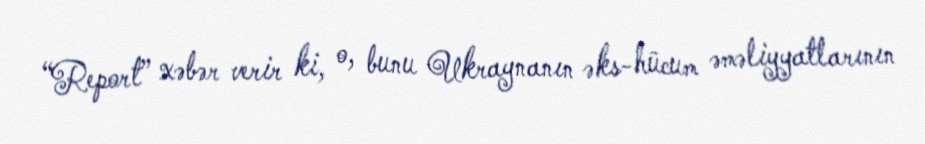
“Report” xəbər verir ki, o, bunu Ukraynanın əks-hücum əməliyyatlarının